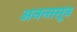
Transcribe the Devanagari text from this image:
अनन्तसूत्र